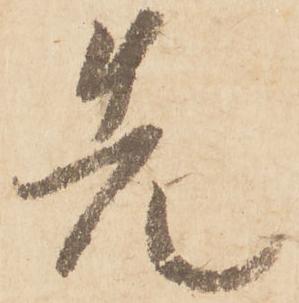
先